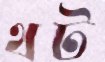
থট